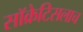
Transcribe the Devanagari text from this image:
सॉक्रेटिसलाच